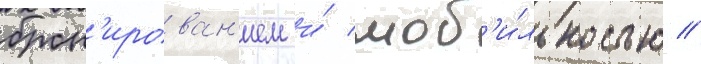
брон'ирован'ием и́ моб'и́льностью //